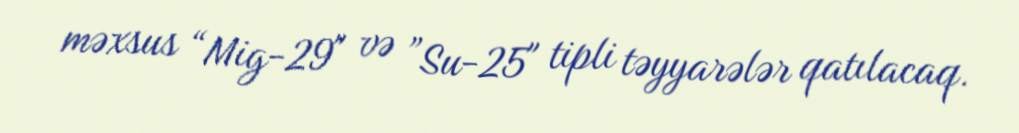
məxsus “Mig-29" və ”Su-25" tipli təyyarələr qatılacaq.